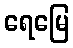
ရေမြေ